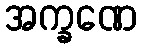
အက္ခဏေ